Calcutta medical institutions reports 1879-81 [i.e.91]
Year: 1879
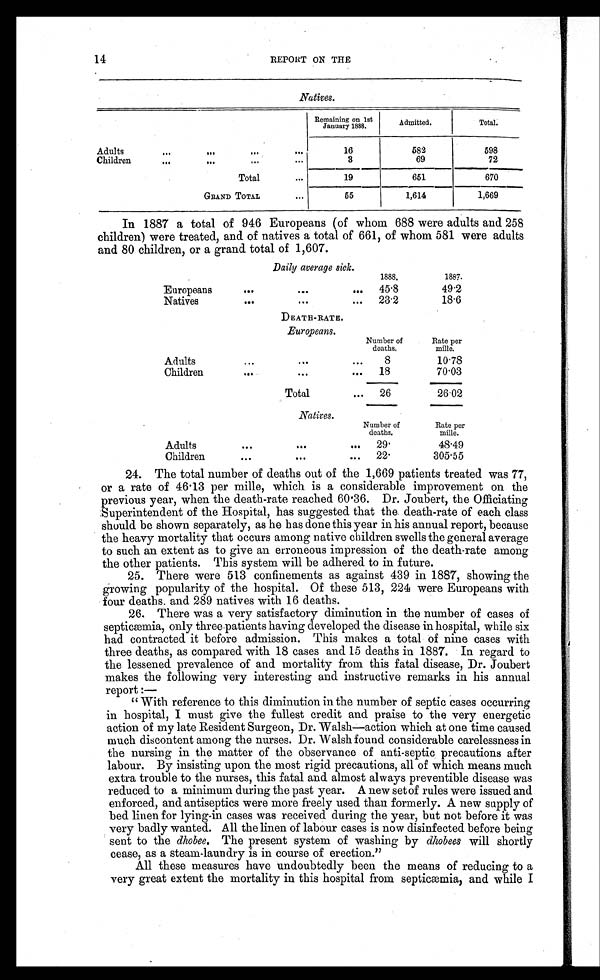
14
REPORT ON THE
Natives.
Remaining on 1st
January 1888.
Admitted.
Total.
Adults
... ...
...
...
16
582
598
Children
... ...
...
3
69
72
Total
...
19
651
670
GRAND TOTAL
...
55
1,614
1,669
In 1887 a total of 946 Europeans (of whom 688 were adults and 258
children) were treated, and of natives a total of 661, of whom 581 were adults
and 80 children, or a grand total of 1,607.
Daily average sick.
1888.
1887.
Europeans
...
...
...
45 .8
49.2
Natives
...
... ...
23.2
18.6
DEATH-RATE.
Europeans.
Number of
deaths.
Rate per
mille.
Adults
. . . ... ...
8
10.78
Children
...
...
...
18
70.03
Total
...
26
26.02
Natives.
Number of
deaths.
Rate per
mille.
Adults
... ...
...
2 9 .
48.49
Children
...
...
...
2 2 .
305.55
24. The total number of deaths out of the 1,669 patients treated was 77,
or a rate of 46 . 13 per mille, which is a considerable improvement on the
previous year, when the death-rate reached 60.36. Dr. Joubert, the Officiating
Superintendent of the Hospital, has suggested that the death-rate of each class
should be shown separately, as he has done this year in his annual report, because
the heavy mortality that occurs among native children swells the general average
to such an extent as to give an erroneous impression of the death-rate among
the other patients. This system will be adhered to in future.
25. There were 513 confinements as against 439 in 1887, showing the
growing popularity of the hospital. Of these 513, 224 were Europeans with
four deaths. and 289 natives with 16 deaths.
26, There was a very satisfactory diminution in the number of cases of
septicaemia, only three patients having developed the disease in hospital, while six
had contracted it before admission. This makes a total of nine cases with
three deaths, as compared with 18 cases and 15 deaths in 1887. In regard to
the lessened prevalence of and mortality from this fatal disease, Dr. Joubert
makes the following very interesting and instructive remarks in his annual
report :
—
"With reference to this diminution in the number of septic cases occurring
in hospital, I must give the fullest credit and praise to the very energetic
action of my late Resident Surgeon, Dr. Walsh—action which at one time caused
much discontent among the nurses. Dr. Walsh found considerable carelessness in
the nursing in the matter of the observance of anti-septic precautions after
labour. By insisting upon the most rigid precautions, all of which means much
extra trouble to the nurses, this fatal and almost always preventible disease was
reduced to a minimum during the past year. A new set of rules were issued and
enforced, and antiseptics were more freely used than formerly. A new supply of
bed linen for lying-in cases was received during the year, but not before it was
very badly wanted. All the linen of labour cases is now disinfected before being
sent to the dhobee. The present system of washing by dhobees will shortly
cease, as a steam-laundry is in course of erection."
All these measures have undoubtedly been the means of reducing to a
very great extent the mortality in this hospital from septicemia, and while I